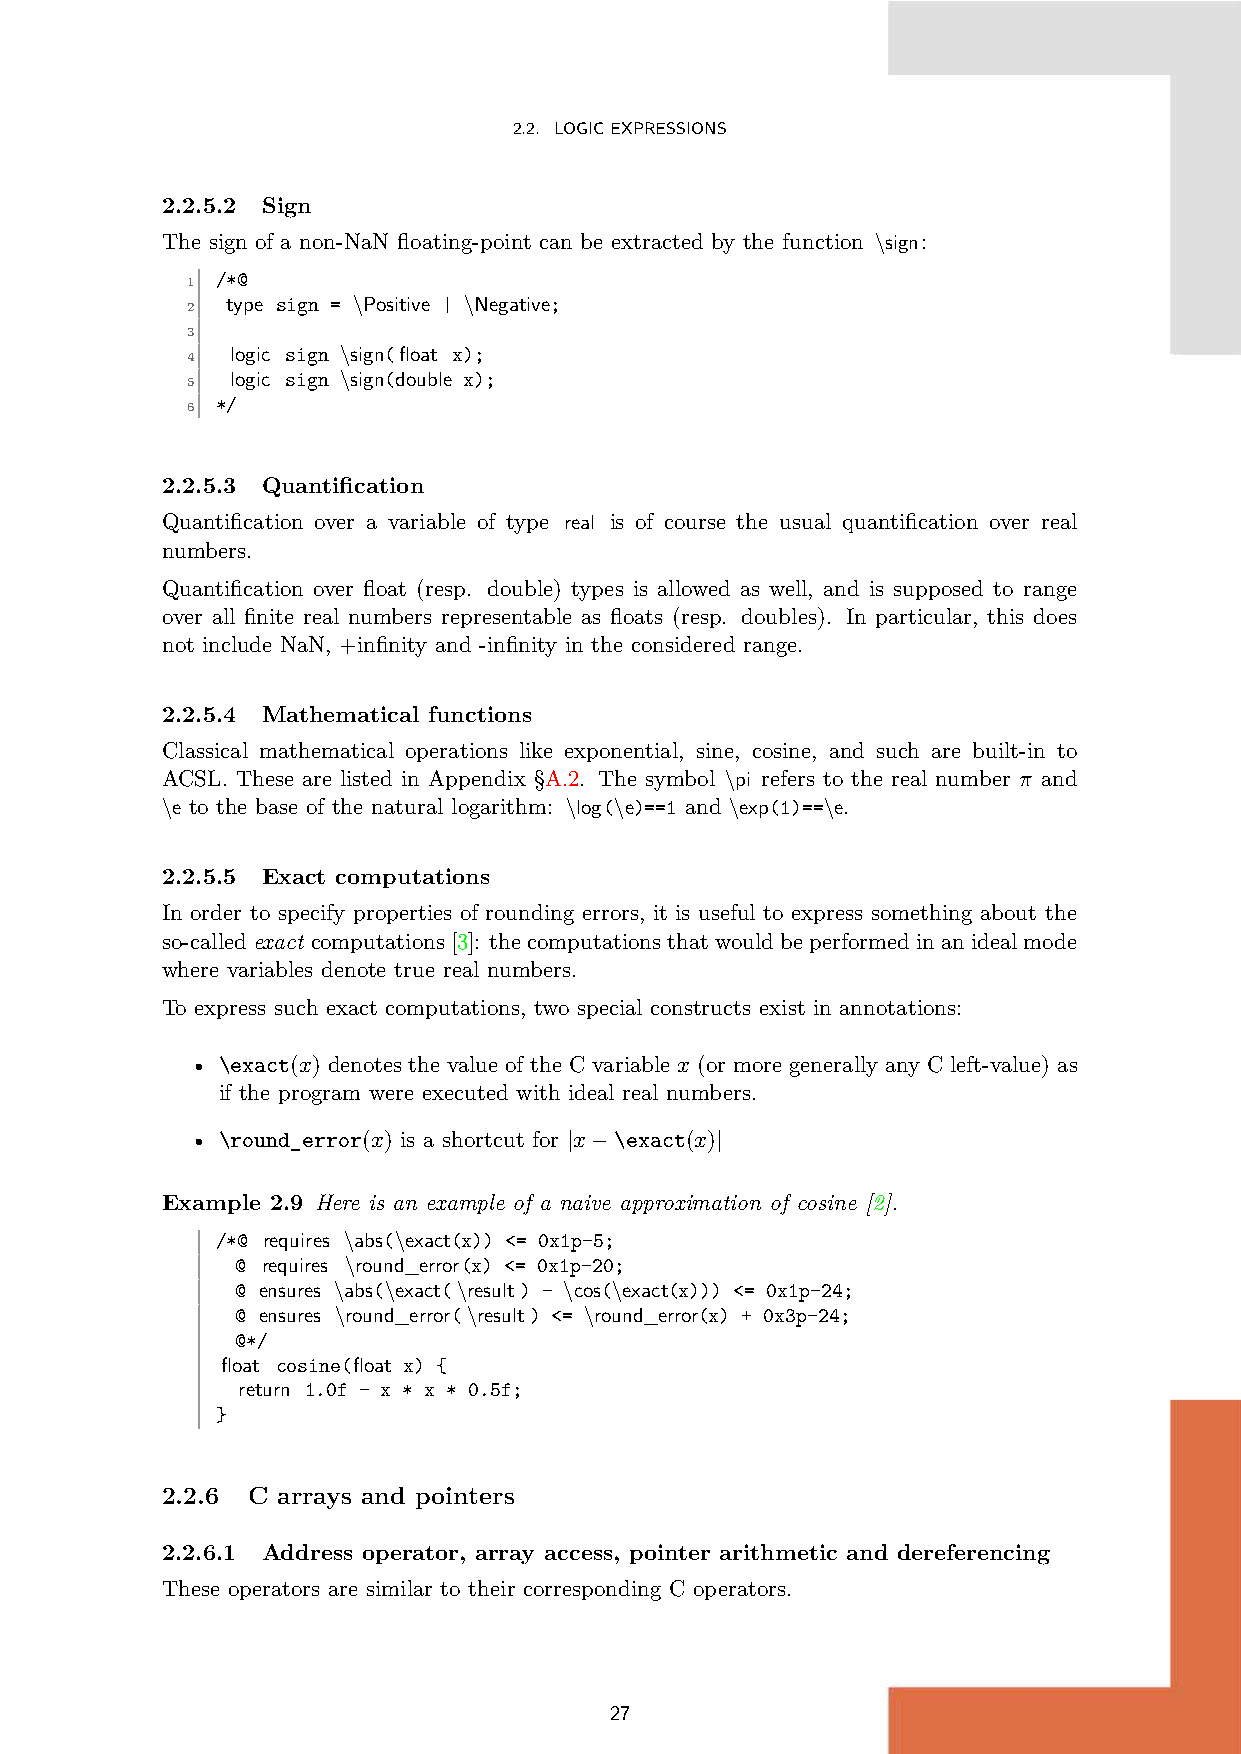
2.2. LOGICEXPRESSIONS
 2.2.5.2 Sign
 The sign of a non-NaN floating-point can be extracted by the function \sign:
 /*@
 1
 type sign = \Positive | \Negative;
 2
 3
 logic sign \sign(float x);
 4
 logic sign \sign(double x);
 5
 */
 6
 2.2.5.3 Quantification
 Quantification over a variable of type real is of course the usual quantification over real
 numbers.
 Quantification over float (resp. double) types is allowed as well, and is supposed to range
 over all finite real numbers representable as floats (resp. doubles). In particular, this does
 not include NaN, +infinity and -infinity in the considered range.
 2.2.5.4 Mathematical functions
 Classical mathematical operations like exponential, sine, cosine, and such are built-in to
 ACSL. These are listed in Appendix §A.2. The symbol \pi refers to the real number π and
 \e to the base of the natural logarithm: \log(\e)==1 and \exp(1)==\e.
 2.2.5.5 Exact computations
 In order to specify properties of rounding errors, it is useful to express something about the
 so-calledexact computations[3]: thecomputationsthatwouldbeperformedinanidealmode
 where variables denote true real numbers.
 To express such exact computations, two special constructs exist in annotations:
 • \exact(x) denotes the value of the C variable x (or more generally any C left-value) as
 if the program were executed with ideal real numbers.
 • \round_error(x) is a shortcut for |x−\exact(x)|
 Example 2.9 Here is an example of a naive approximation of cosine [2].
 /*@ requires \abs(\exact(x)) <= 0x1p-5;
 @ requires \round_error(x) <= 0x1p-20;
 @ ensures \abs(\exact(\result) - \cos(\exact(x))) <= 0x1p-24;
 @ ensures \round_error(\result) <= \round_error(x) + 0x3p-24;
 @*/
 float cosine(float x) {
 return 1.0f - x * x * 0.5f;
 }
 2.2.6 C arrays and pointers
 2.2.6.1 Address operator, array access, pointer arithmetic and dereferencing
 These operators are similar to their corresponding C operators.
 27